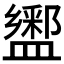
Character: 𰥆